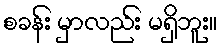
စခန်း မှာလည်း မရှိဘူး။